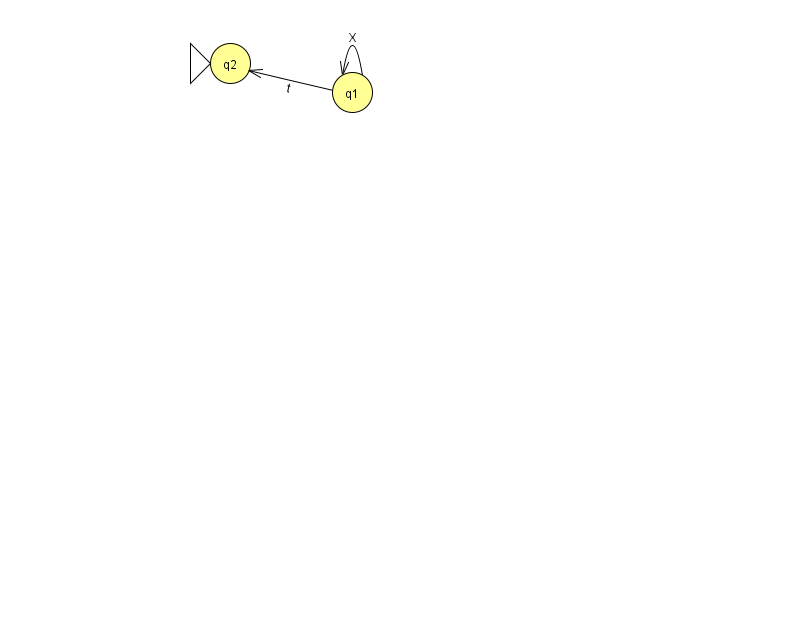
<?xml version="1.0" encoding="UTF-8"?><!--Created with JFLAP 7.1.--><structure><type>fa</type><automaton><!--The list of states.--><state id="1" name="q1"><x>352.0</x><y>79.0</y></state><state id="2" name="q2"><x>230.0</x><y>50.0</y><initial/></state><!--The list of transitions.--><transition><from>1</from><to>1</to><read>X</read></transition><transition><from>1</from><to>2</to><read>t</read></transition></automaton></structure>